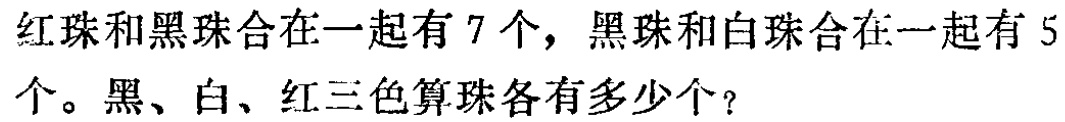
红珠和黑珠合在一起有 7 个，黑珠和白珠合在一起有 5 个。黑、白、红三色算珠各有多少个？